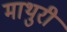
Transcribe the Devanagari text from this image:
माथुरी